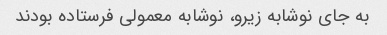
به جای نوشابه زیرو، نوشابه معمولی فرستاده بودند